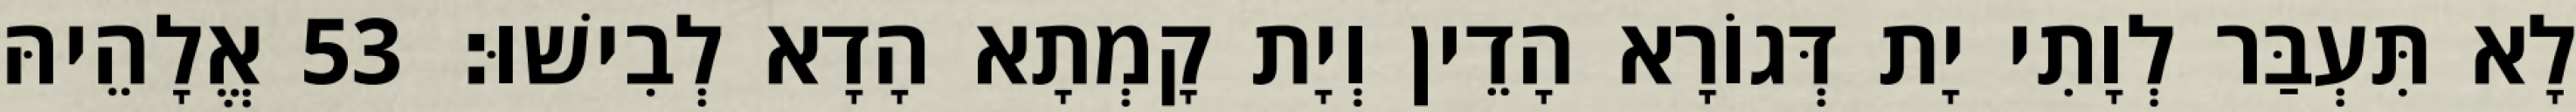
לָא תִּעְבַּר לְוָתִי יָת דְּגוֹרָא הָדֵין וְיָת קָמְתָא הָדָא לְבִישׁוּ׃ 53 אֱלָהֵיהּ